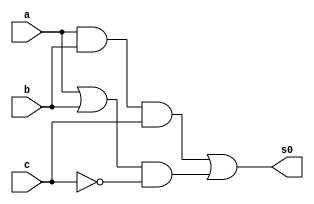
 // ------------------------- 
// Exemplo0032 - F4 
// Nome: Milton costa teles da silva
// ------------------------- 
// ------------------------- 
// f4_gate 
// ------------------------- 
module f4 (output [3:0] s0, 
            input [3:0] a, 
            input [3:0] b,
				input [3:0] c); 
//--descrever por portas 
   assign s0 = ((a & b)& c) | ((a | b) & ~c);	

endmodule // f4 

module test_f4; 
// ------------------------- definir dados 
   reg [3:0] a; 
   reg [3:0] b;
	reg [3:0] c;
	wire [3:0]s0;  
   
f4 modulo (s0, a, b, c); 
// ------------------------- parte principal 
   initial begin 
	
	$display("Exemplo0032 - Milton costa teles da silva-002751"); 
	$display("Test LU's module"); 
	a = 4'b0011; b = 4'b0101; c = 0; 
//--projetar testes do modulo
   #1 $display("\n%3b  %3b %b= %3b",a,b,c,s0);
  end      
endmodule // test_f4